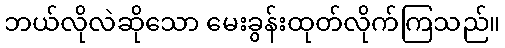
ဘယ်လိုလဲဆိုသော မေးခွန်းထုတ်လိုက်ကြသည်။